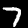
Digit: 7